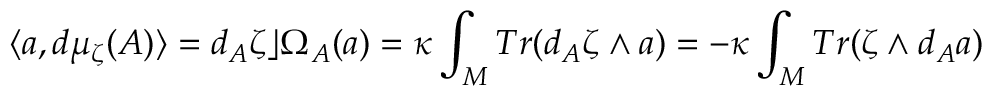
\langle a , d \mu _ { \zeta } ( A ) \rangle = d _ { A } \zeta \rfloor \Omega _ { { \cal A } } ( a ) = \kappa \int _ { M } T r ( d _ { A } \zeta \wedge a ) = - \kappa \int _ { M } T r ( \zeta \wedge d _ { A } a )